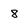
Character: 8